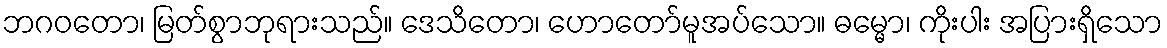
ဘဂဝတော၊ မြတ်စွာဘုရားသည်။ ဒေသိတော၊ ဟောတော်မူအပ်သော။ ဓမ္မော၊ ကိုးပါး အပြားရှိသော